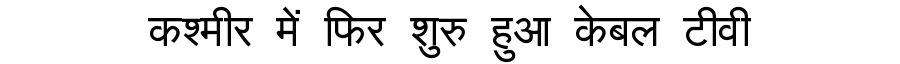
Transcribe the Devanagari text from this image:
कश्मीर में फिर शुरु हुआ केबल टीवी